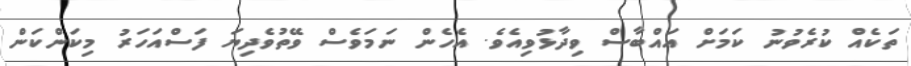
ތަކެއް ކުރެވުނު ކަމަށް އައްބާސް ވިދާޅުވިއެވެ. އެހެން ނަމަވެސް ވޭތުވެދިޔަ ފަސްއަހަރު މިކަންކަން